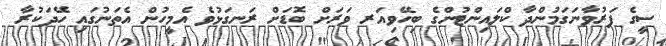
ސީގެ ފަރުވާނަގަމުންދާ ކްލައިންޓުންގެ ބިހޭވިއަރ ވަރަށް ބޮޑަށް ރަނގަޅުވެ އެމީހުން އެތަނުގައި ހޭދަކުރާ